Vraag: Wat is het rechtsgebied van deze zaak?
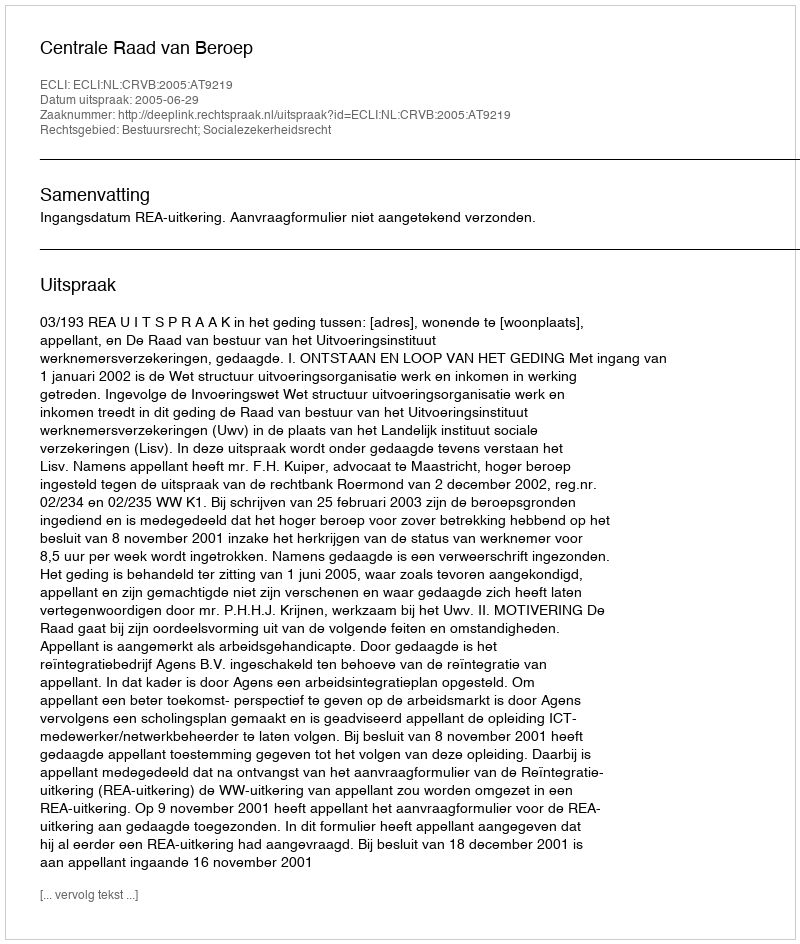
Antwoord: Bestuursrecht; Socialezekerheidsrecht